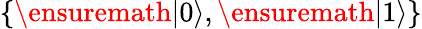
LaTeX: \{ \ensuremath{|0\rangle},\ensuremath{|1\rangle}\}